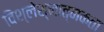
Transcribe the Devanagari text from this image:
विश्लेश्नात्मकता